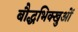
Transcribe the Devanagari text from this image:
बौद्धभिक्खुओं